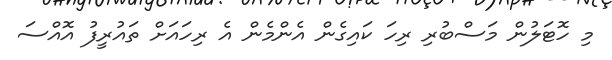
މި ހޮޓަލުން މަސްބުރި ރިހަ ކައިގެން އެންމެން އެ ރިހައަށް ތައުރީފު އޮއްސަ